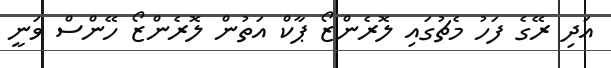
އަދި ރޭގެ ފަހު މެޗުގައި ލޮރެންޒޯ ޕާކް އަތުން ލޮރެންޒޯ ހޭންސް ވަނީ